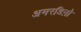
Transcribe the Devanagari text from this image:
अमरडिऩो